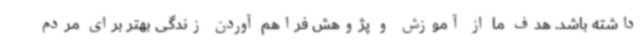
داشته باشد. هدف ما از آموزش و پژوهش فراهم آوردن زندگی بهتر برای مردم